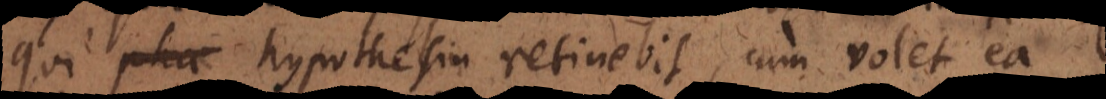
qui hypothesin retinebit, cum volet ea